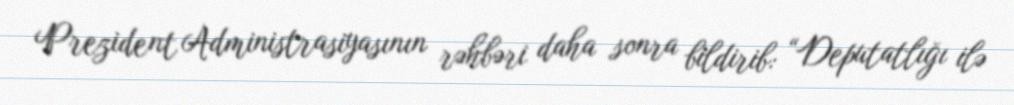
Prezident Administrasiyasının rəhbəri daha sonra bildirib: “Deputatlığı ilə